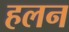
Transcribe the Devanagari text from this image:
हलन